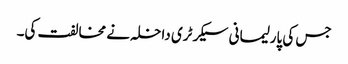
جس کی پارلیمانی سیکرٹری داخلہ نے مخالفت کی۔